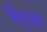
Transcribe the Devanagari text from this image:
मैनुन्ज़ा